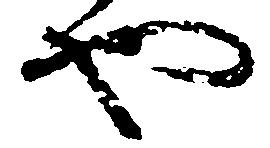
や